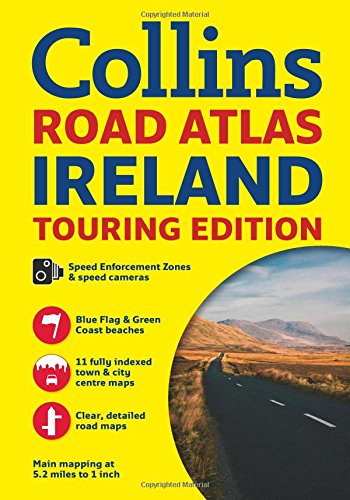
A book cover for Collins Ireland: Handy Road Atlas (International Road Atlases); Collins UK; Travel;